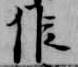
候